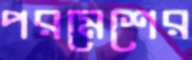
পরমেশের